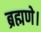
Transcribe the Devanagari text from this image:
ब्रह्मणे।